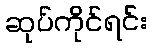
ဆုပ်ကိုင်ရင်း